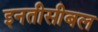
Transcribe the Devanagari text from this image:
इनतीसीबल